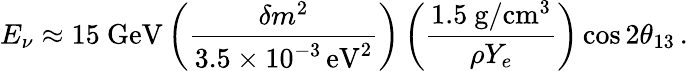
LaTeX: E_{\nu}\approx 15\mathrm{\ GeV}\left(\frac{\delta m^{2}}{3.5\times 10^{-3}\mathrm{\, eV^{2}}}\right)\left(\frac{1.5\mathrm{\ g/cm^{3}}}{\rho Y_{e}}\right)\cos 2\theta_{13}\, .